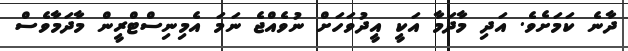
ދާނެ ކަމަށެވެ. އަދި މާދަމާ އަކީ އީދުވަހަށް ނުވެއްޖެ ނަމަ އެމިނިސްޓްރީން މާދަމާވެސް